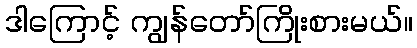
ဒါကြောင့် ကျွန်တော်ကြိုးစားမယ်။